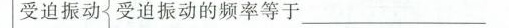
受迫振动受迫振动的频率等于___